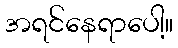
အရင်နေရာပေါ့။